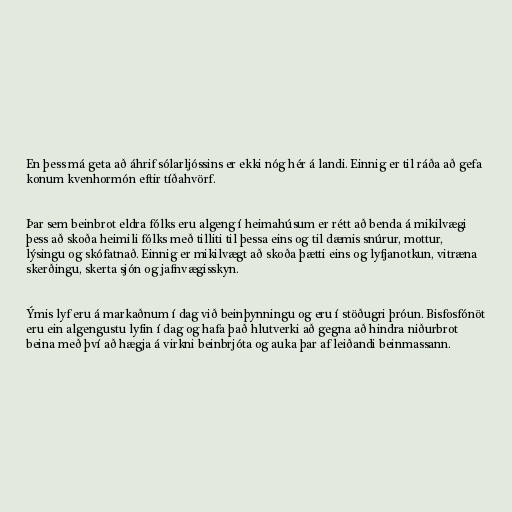
En þess má geta að áhrif sólarljóssins er ekki nóg hér á landi. Einnig er til ráða að gefa
konum kvenhormón eftir tíðahvörf.

Þar sem beinbrot eldra fólks eru algeng í heimahúsum er rétt að benda á mikilvægi
þess að skoða heimili fólks með tilliti til þessa eins og til dæmis snúrur, mottur,
lýsingu og skófatnað. Einnig er mikilvægt að skoða þætti eins og lyfjanotkun, vitræna
skerðingu, skerta sjón og jafnvægisskyn.

Ýmis lyf eru á markaðnum í dag við beinþynningu og eru í stöðugri þróun. Bisfosfónöt
eru ein algengustu lyfin í dag og hafa það hlutverki að gegna að hindra niðurbrot
beina með því að hægja á virkni beinbrjóta og auka þar af leiðandi beinmassann.